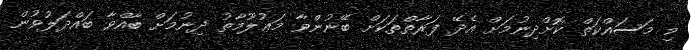
މި މަސައްކަތް ކޮށްދިނުމަށް އެދޭ ފަރާތްތަކަށް ބޭނުންވާ މަޢުލޫމާތު ދިނުމަށް ބާއްވާ ބައްދަލުވުން